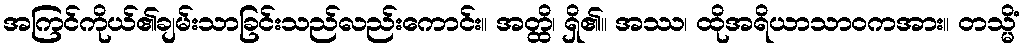
အကြင်ကိုယ်၏ချမ်းသာခြင်းသည်လည်းကောင်း။ အတ္ထိ၊ ရှိ၏။ အဿ၊ ထိုအရိယာသာဝကအား။ တသ္မိံ